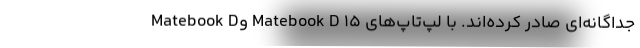
جداگانه‌ای صادر کرده‌اند. با لپ‌تاپ‌های Matebook D 15 وMatebook D